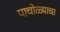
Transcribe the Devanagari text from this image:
पाचोळ्याचा